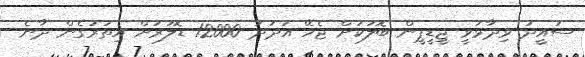
ސައީދު ވިދާޅުވީ ޖީޑީޕީން ބޮލަކަށް ޖެހޭ އަދަދު 12000 ޑޮލަރަށް އިތުރުގެން ދާނެ